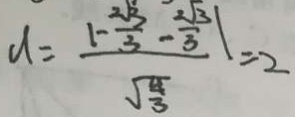
d = \frac { ( 1 - \frac { 2 3 } { 3 } - \frac { 2 } { 8 } \vert } { \sqrt { \frac { 8 } { 3 } } } = 2